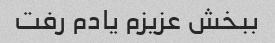
ببخش عزیزم یادم رفت